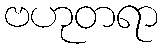
ဗဟုတရာ